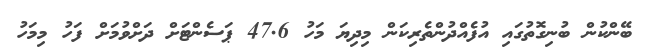
ބޭންކުން ބުނިގޮތުގައި އުފެއްދުންތެރިކަން މިދިޔަ މަހު 47.6 ޕަސެންޓަށް ދަށްވުމަށް ފަހު މިމަހު